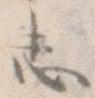
し